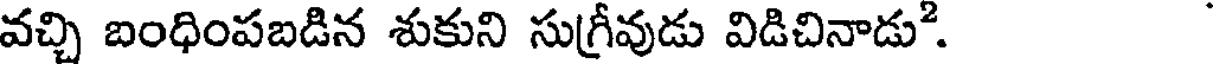
వచ్చి బంధింపబడిన శుకుని సుగ్రీవుడు విడిచినాడు.